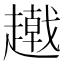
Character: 𧾂